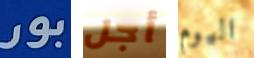
بور أجل اليوم